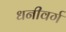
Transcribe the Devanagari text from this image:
धनीवर्ग